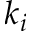
k _ { i }